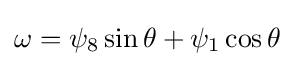
\omega =\psi _{8}\sin \theta +\psi _{1}\cos \theta